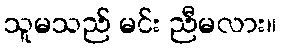
သူမသည် မင်း ညီမလား။